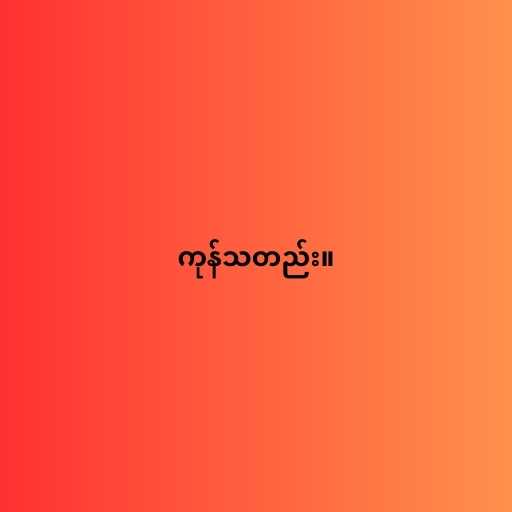
ကုန်သတည်း။